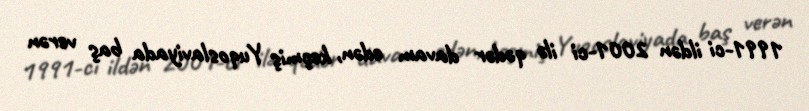
1991-ci ildən 2001-ci ilə qədər davam edən, keçmiş Yuqoslaviyada baş verən